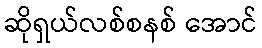
ဆိုရှယ်လစ်စနစ် အောင်